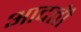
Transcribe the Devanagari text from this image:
आदतॊं